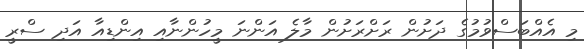
މި އެއްބަސްވުމުގެ ދަށުން ރަށްރަށުން މާލެ އަންނަ މީހުންނާއި އިންޑިއާ އަދި ސްރީ